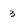
Character: 3